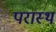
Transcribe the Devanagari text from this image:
परास्थ